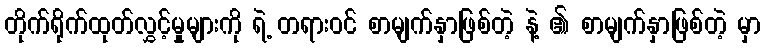
တိုက်ရိုက်ထုတ်လွှင့်မှုများကို ရဲ့ တရားဝင် စာမျက်နှာဖြစ်တဲ့ နဲ့ ၏ စာမျက်နှာဖြစ်တဲ့ မှာ